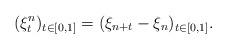
LaTeX: \begin{align*}(\xi^{n}_t)_{t\in [0,1]}=(\xi_{n+t}-\xi_n)_{t\in [0,1]}.\end{align*}